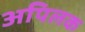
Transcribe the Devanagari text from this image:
अपिलक